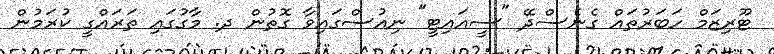
ޓޫރިޒަމް ހަބަރުތައް ގެނެސްދޭ "ސީއައިޓީ" ނިއުސްގައިވާ ގޮތުން ދ. މާގުގައި ތަރައްގީ ކުރަމުން